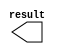
module titles3_x6 (
	result);

	output	[10:0]  result;

endmodule